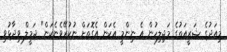
މިއަދުގެ ޝަރީއަތުގެ މަޖިލިހުން އެ ނިންމީ އެކަން އެގޮތަށް ނުކުރޭވެނެކަން" ޖަމީލް ވިދާޅުވި